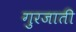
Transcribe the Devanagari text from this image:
गुरजाती